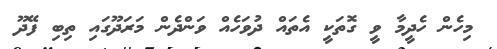
މިހެން ހެދީމާ ވީ ގޮތަކީ އެތައް ދުވަހެއް ވަންދެން މަރަދޫގައި ތިބި ފޭދޫ